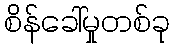
စိန်ခေါ်မှုတစ်ခု